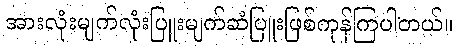
အားလုံးမျက်လုံးပြူးမျက်ဆံပြူးဖြစ်ကုန်ကြပါတယ်။